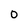
Character: 0